Mental hospitals Bombay report 1929-33 - 1929-1933
Year: 1929
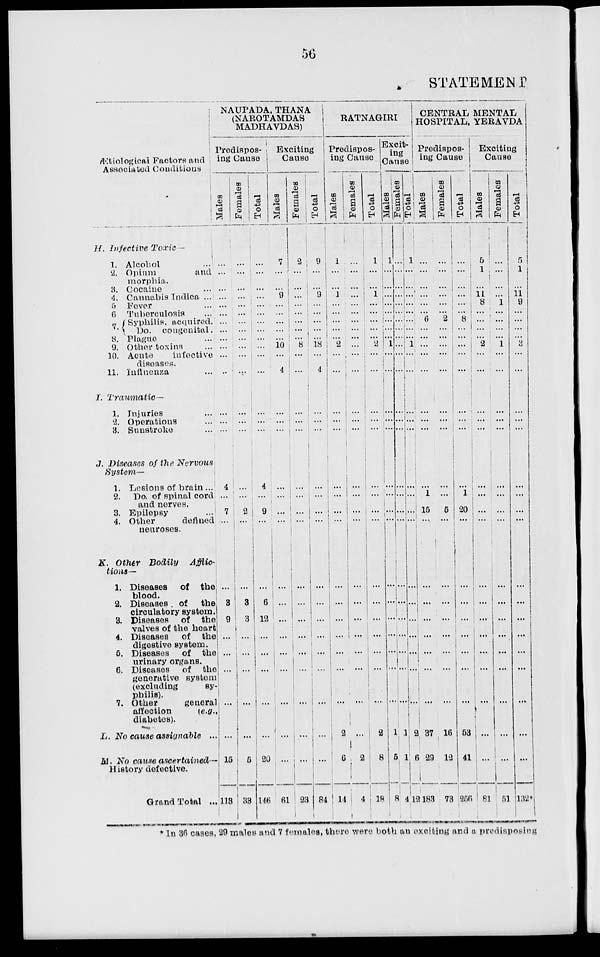
56
STATEMENT
Ætiological Factors and
Associated Conditions
H. Infective Toxic ––
1. Alcohol ...
2. Opium
and
morphia.
3. Cocaine ...
4. Cannabis Indica ...
5 Fever ...
6 Tuberculosis ...
7. Syphilis, acquired.
Do. congenital.
8. Plague ...
9. Other toxins ...
10. Acute
infective
diseases.
11. Influenza ...
I. Traumatic —
1. Injuries ...
2. Operations ...
3. Sunstroke ...
J. Diseases of the Nervous
System—
1. Lesions of brain ...
2. Do. of spinal cord
and nerves.
3. Epilepsy ...
4. Other
defined
neuroses.
K. Other Bodily
Afflic-
tions—
1. Diseases
of the
blood.
2. Diseases. of the
circulatory system.
3. Diseases of the
valves of the heart
4. Diseases
of the
digestive system.
5. Diseases
of the
urinary organs.
6. Diseases
of the
generative system
(excluding
sy
philis).
7. Other
genera
affection
(e.g.,
diabetes).
L. No cause assignable ..
M. No cause ascertained—
History defective.
Grand Total ..
NAUPADA, THANA
(NAROTAMDAS
MADHAVDAS)
Predispos-
ing Cause
Males
...
...
...
...
...
...
...
...
...
...
...
...
...
...
4
...
7
...
...
8
9
...
...
...
...
...
15
113
Females
...
...
...
...
...
...
...
...
...
...
...
....
...
...
...
...
...
2
...
...
3
3
...
...
...
...
...
5
33
Total
...
...
...
...
...
...
...
...
...
...
...
...
...
...
...
4
...
9
...
...
6
12
...
...
...
...
...
20
146
Exciting
Cause
Males
7
...
...
9
...
...
...
...
...
10
...
4
...
...
...
...
...
...
...
...
...
...
...
...
...
...
...
...
61
Females
2
...
...
...
...
...
...
...
...
8
...
...
...
...
...
...
...
...
...
...
...
...
...
...
...
...
...
...
23
Total
9
...
...
9
...
...
...
...
...
18
...
4
...
...
...
...
...
...
...
...
...
...
...
...
...
...
...
...
84
RATNAGIRI
Predispos-
ing Cause
Males
1
...
...
1
...
...
...
...
...
2
...
...
...
...
...
...
...
...
...
...
...
...
...
...
...
...
2
6
14
Females
...
...
...
...
...
...
...
...
...
...
...
...
...
...
...
...
...
...
...
...
...
...
...
...
...
...
2
4
Total
1
...
...
1
...
...
...
...
...
2
...
...
...
...
...
...
...
...
...
...
...
...
...
...
...
...
2
8
18
Excit-
ing
Cause
Males
1
...
...
...
...
...
...
...
...
1
...
...
...
...
...
...
...
...
...
...
...
...
...
...
...
1
5
8
Females
...
...
...
...
...
...
...
...
...
...
...
...
...
...
...
...
...
...
...
...
...
...
...
...
...
...
...
1
1
4
Total
1
...
...
...
...
...
...
...
1
...
...
...
...
...
...
...
...
...
...
...
...
...
...
...
...
2 2
6
12
CENTRAL MENTAL
HOSPITAL, YERAVDA
Predispos-
ing Cause
Males
...
...
...
...
...
...
6
...
...
...
...
...
...
...
...
...
1
15
...
...
...
...
...
...
...
...
37
29
183
Females
...
...
...
...
...
...
2
...
...
...
...
...
...
...
...
...
...
5
...
...
...
...
...
...
...
...
16
12
73
Total
...
...
...
...
...
...
8
...
...
...
...
...
...
...
...
...
1
20
...
...
...
...
...
...
...
...
53
41
256
Exciting
Cause
Males
5
1
...
11
8
...
...
...
...
2
...
...
...
...
...
...
...
...
...
...
...
...
...
...
...
...
...
...
81
Females
...
...
...
...
1
...
...
...
...
1
...
...
...
...
...
...
...
...
...
...
...
...
...
...
...
...
...
...
51
Total
5
1
...
11
9
...
...
...
...
3
...
...
...
...
...
...
...
...
...
...
...
...
...
...
...
...
...
...
132†
* In 36 cases, 29 males and 7 females, there were both an exciting and a predisposing